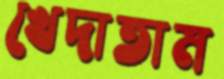
খেদাতাম